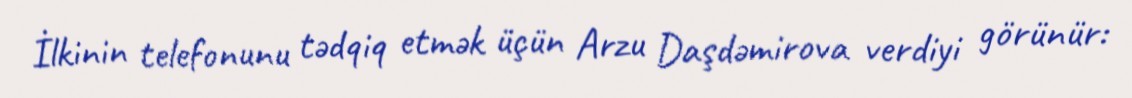
İlkinin telefonunu tədqiq etmək üçün Arzu Daşdəmirova verdiyi görünür: